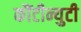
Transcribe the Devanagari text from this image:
कौंटीन्युटी